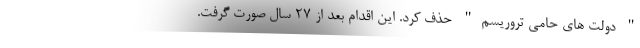
" دولت های حامی تروریسم" حذف کرد. این اقدام بعد از 27 سال صورت گرفت.